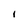
Character: I